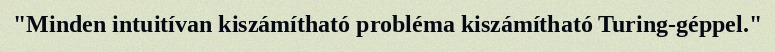
"Minden intuitívan kiszámítható probléma kiszámítható Turing-géppel."